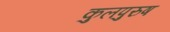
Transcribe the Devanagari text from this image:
कुलपुरुष